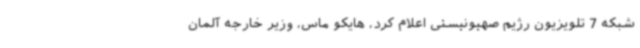
شبکه 7 تلویزیون رژیم صهیونیستی اعلام کرد، هایکو ماس، وزیر خارجه آلمان